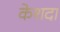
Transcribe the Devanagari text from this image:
केशदा